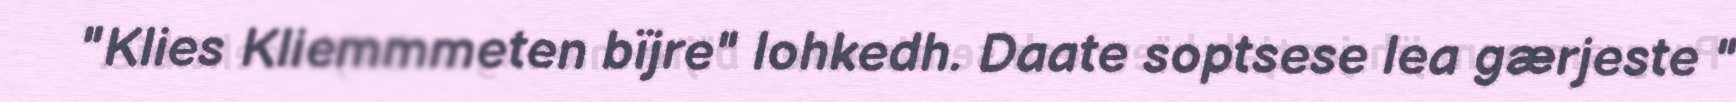
"Klies Kliemmmeten bïjre" lohkedh. Daate soptsese lea gærjeste "